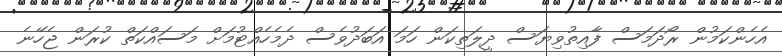
އެހެންކަމުން ރޯދަމަސް ފާއިތުވިޔަސް ދީލަތިކަން ހަމަ އަބަދުވެސް ދެމެހެއްޓުމަށް މަސައްކަތް ކުރަން ޖެހޭނެ